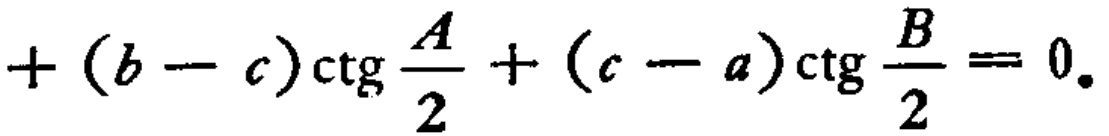
\(+(b - c)\ctg\frac{A}{2}+(c - a)\ctg\frac{B}{2}=0.\)